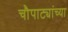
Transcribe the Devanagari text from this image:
चौपाट्यांच्या